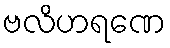
ဗလိဟရဏေ